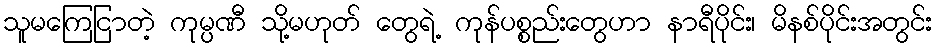
သူမကြေငြာတဲ့ ကုမ္ပဏီ သို့မဟုတ် တွေရဲ့ ကုန်ပစ္စည်းတွေဟာ နာရီပိုင်း၊ မိနစ်ပိုင်းအတွင်း